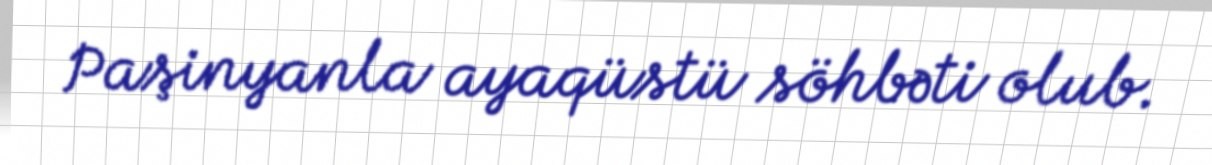
Paşinyanla ayaqüstü söhbəti olub.